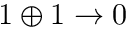
1 \oplus 1 \rightarrow 0